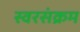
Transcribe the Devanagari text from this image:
स्वरसंक्रम